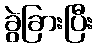
ခွဲခြားပြီး